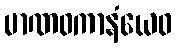
မာဏဝကာနံယေဝ